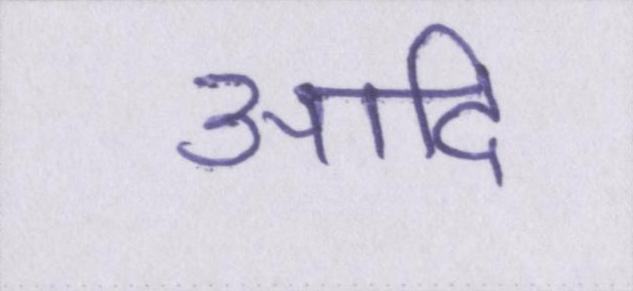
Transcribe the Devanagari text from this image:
आदि